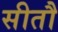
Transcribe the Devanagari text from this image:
सीतौ